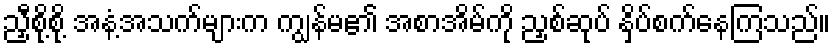
ညှီစို့စို့ အနံ့အသက်များက ကျွန်မ၏ အစာအိမ်ကို ညှစ်ဆုပ် နှိပ်စက်နေကြသည်။